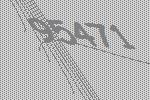
95471